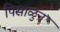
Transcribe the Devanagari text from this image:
पिसाळुन